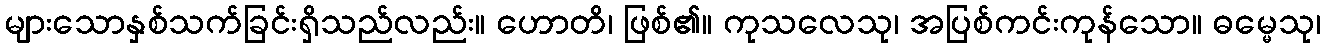
များသောနှစ်သက်ခြင်းရှိသည်လည်း။ ဟောတိ၊ ဖြစ်၏။ ကုသလေသု၊ အပြစ်ကင်းကုန်သော။ ဓမ္မေသု၊